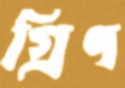
গ্রিণ